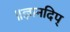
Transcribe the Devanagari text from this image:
॥ज्ञानदिप्